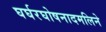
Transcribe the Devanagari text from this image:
घर्घरघोषनादमलिने